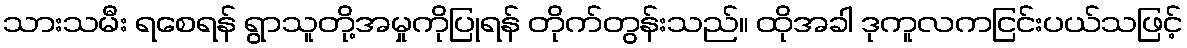
သားသမီး ရစေရန် ရွာသူတို့အမှုကိုပြုရန် တိုက်တွန်းသည်။ ထိုအခါ ဒုကူလကငြင်းပယ်သဖြင့်